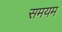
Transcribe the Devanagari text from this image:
समयम